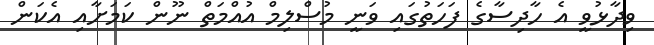
ވިދާޅުވީ އެ ހާދިސާގެ ފަހަތުގައި ވަނީ މުސްލިމް އުއްމަތް ނޫން ކަމަށާއި އެކަން